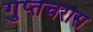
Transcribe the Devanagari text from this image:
गुप्तचरास